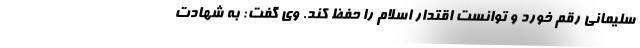
سلیمانی رقم خورد و توانست اقتدار اسلام را حفظ کند. وی گفت: به شهادت